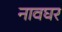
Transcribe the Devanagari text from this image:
नावघर